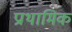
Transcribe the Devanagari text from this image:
प्राथामिक